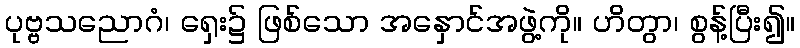
ပုဗ္ဗသညောဂံ၊ ရှေး၌ ဖြစ်သော အနှောင်အဖွဲ့ကို။ ဟိတွာ၊ စွန့်ပြီး၍။